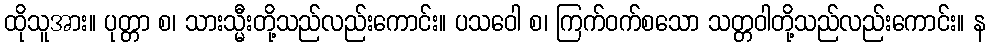
ထိုသူအား။ ပုတ္တာ စ၊ သားသ္မီးတို့သည်လည်းကောင်း။ ပသဝေါ စ၊ ကြက်ဝက်စသော သတ္တဝါတို့သည်လည်းကောင်း။ န